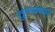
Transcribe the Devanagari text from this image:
तुल्‍यभार